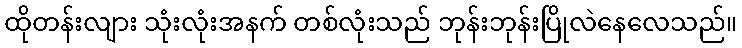
ထိုတန်းလျား သုံးလုံးအနက် တစ်လုံးသည် ဘုန်းဘုန်းပြိုလဲနေလေသည်။